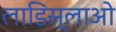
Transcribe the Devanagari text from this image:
लाडिस्लाओ